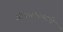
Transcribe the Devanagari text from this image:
अंत्यसंस्काराचे